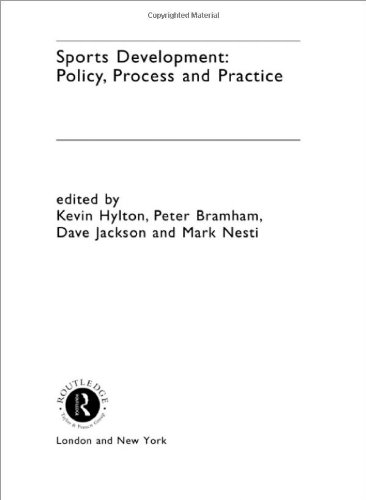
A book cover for Lincoln Sports Development and Coaching Degree Pack: Sports Development: Policy, Process and Practice; Sports & Outdoors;